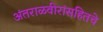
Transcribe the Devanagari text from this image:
अंतराळवीरांसहितचे